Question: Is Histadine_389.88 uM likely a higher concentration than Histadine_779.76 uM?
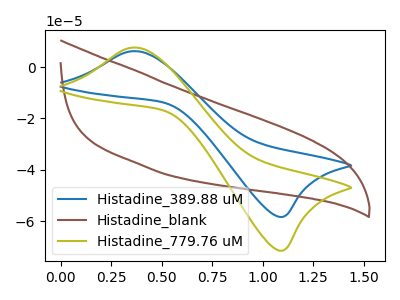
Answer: <think>The blue curve "Histadine_389.88 uM" has an anodic peak at (0.35V, 6.25uA) and a cathodic peak at (1.10V, -58.35uA). The brown curve "Histadine_blank" has no peaks. The olive curve "Histadine_779.76 uM" has an anodic peak at (0.35V, 7.65uA) and a cathodic peak at (1.10V, -71.50uA).
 All the peaks in "Histadine_389.88 uM" have a peak in "Histadine_779.76 uM" at the same potential. Every peak in "Histadine_389.88 uM" is lower than every peak in "Histadine_779.76 uM".</think>
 <answer>"Histadine_389.88 uM" has less signal than "Histadine_779.76 uM".</answer>
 <eval>less_signal</eval>